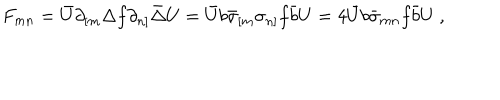
F _ { m n } = \bar { U } \partial _ { [ m } \Delta f \partial _ { n ] } \bar { \Delta } U = \bar { U } b \bar { \sigma } _ { [ m } \sigma _ { n ] } f \bar { b } U = 4 \bar { U } b \bar { \sigma } _ { m n } f \bar { b } U \ ,